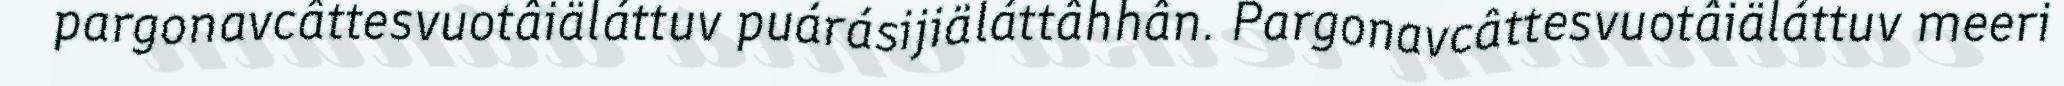
pargonavcâttesvuotâiäláttuv puárásijiäláttâhhân. Pargonavcâttesvuotâiäláttuv meeri